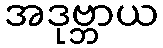
အဒုဗ္ဘာယ